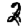
Digit: 2